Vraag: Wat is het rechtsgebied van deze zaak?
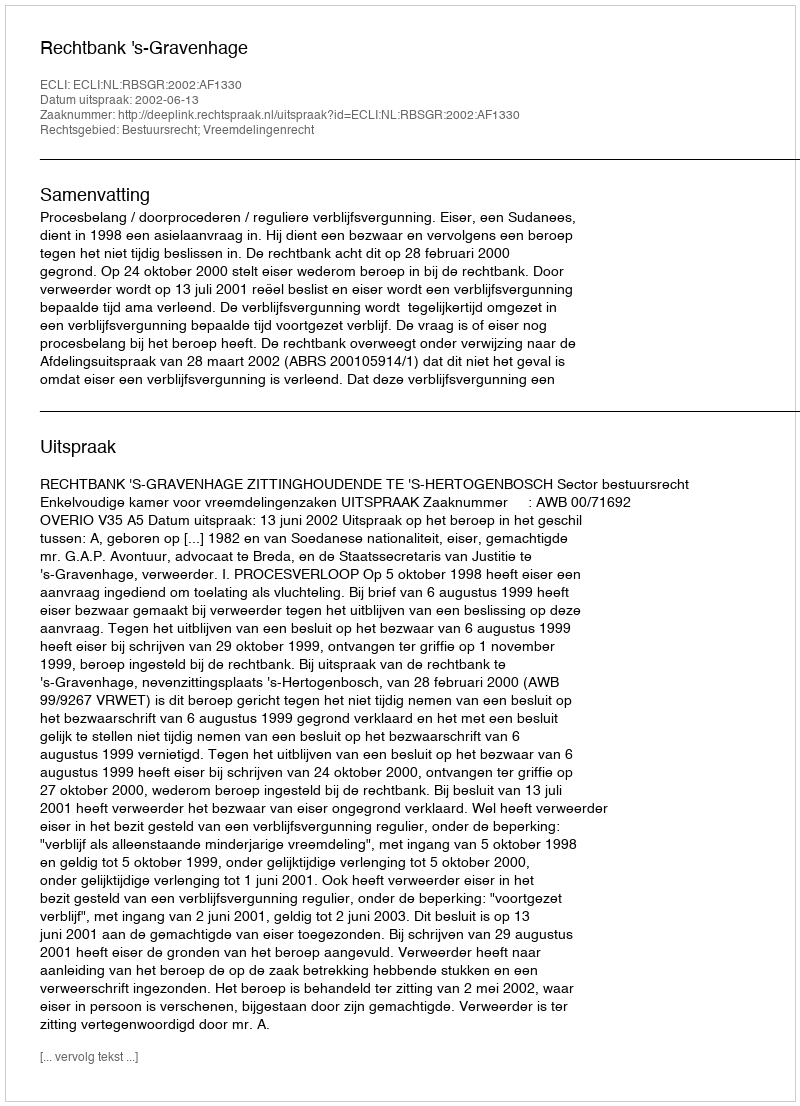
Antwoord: Bestuursrecht; Vreemdelingenrecht